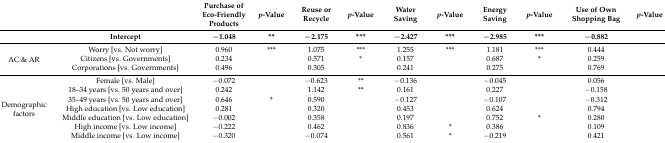
<table><thead><tr><td></td><td></td><td><b>Purchase of Eco-Friendly Products</b></td><td><b><i>p</i>-Value</b></td><td><b>Reuse or Recycle</b></td><td><b><i>p</i>-Value</b></td><td><b>Water Saving </b></td><td><b><i>p</i>-Value</b></td><td><b>Energy Saving</b></td><td><b><i>p</i>-Value</b></td><td><b>Use of Own Shopping Bag </b></td><td><b><i>p</i>-Value</b></td></tr><tr><td></td><td><b>Intercept</b></td><td><b>−1.048</b></td><td><b>**</b></td><td><b>−2.175</b></td><td><b>***</b></td><td><b>−2.427</b></td><td><b>***</b></td><td><b>−2.985</b></td><td><b>***</b></td><td><b>−0.882</b></td><td></td></tr></thead><tbody><tr><td rowspan="3">AC &amp; AR</td><td>Worry [vs. Not worry]</td><td>0.960</td><td>***</td><td>1.075</td><td>***</td><td>1.255</td><td>***</td><td>1.181</td><td>***</td><td>0.444</td><td></td></tr><tr><td>Citizens [vs. Governments]</td><td>0.234</td><td></td><td>0.571</td><td>*</td><td>0.157</td><td></td><td>0.687</td><td>*</td><td>0.259</td><td></td></tr><tr><td>Corporations [vs. Governments]</td><td>0.496</td><td></td><td>0.305</td><td></td><td>0.241</td><td></td><td>0.275</td><td></td><td>0.769</td><td></td></tr><tr><td rowspan="7">Demographic factors</td><td>Female [vs. Male]</td><td>−0.072</td><td></td><td>−0.623</td><td>**</td><td>−0.136</td><td></td><td>−0.045</td><td></td><td>0.056</td><td></td></tr><tr><td>18–34 years [vs. 50 years and over]</td><td>0.242</td><td></td><td>1.142</td><td>**</td><td>0.161</td><td></td><td>0.227</td><td></td><td>−0.158</td><td></td></tr><tr><td>35–49 years [vs. 50 years and over]</td><td>0.646</td><td>*</td><td>0.590</td><td></td><td>−0.127</td><td></td><td>−0.107</td><td></td><td>−0.312</td><td></td></tr><tr><td>High education [vs. Low education]</td><td>0.281</td><td></td><td>0.320</td><td></td><td>0.453</td><td></td><td>0.624</td><td></td><td>0.794</td><td></td></tr><tr><td>Middle education [vs. Low education]</td><td>−0.002</td><td></td><td>0.358</td><td></td><td>0.197</td><td></td><td>0.752</td><td>*</td><td>0.280</td><td></td></tr><tr><td>High income [vs. Low income]</td><td>−0.222</td><td></td><td>0.462</td><td></td><td>0.836</td><td>*</td><td>0.386</td><td></td><td>0.109</td><td></td></tr><tr><td>Middle income [vs. Low income]</td><td>−0.320</td><td></td><td>−0.074</td><td></td><td>0.561</td><td>*</td><td>−0.219</td><td></td><td>0.421</td><td></td></tr></tbody></table>